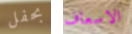
بحفل الاسعاف